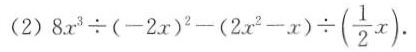
( 2)$$8 x ^ { 3 } \div ( - 2 x ) ^ { 2 } - ( 2 x ^ { 2 } - x ) \div ( \frac { 1 } { 2 } x )$$.